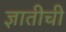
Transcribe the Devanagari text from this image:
ज्ञातीची